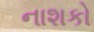
નાશકો